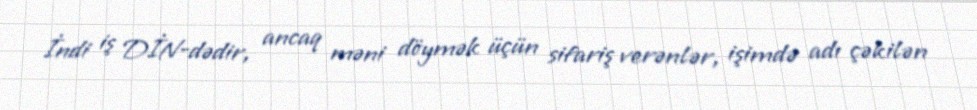
İndi iş DİN-dədir, ancaq məni döymək üçün sifariş verənlər, işimdə adı çəkilən